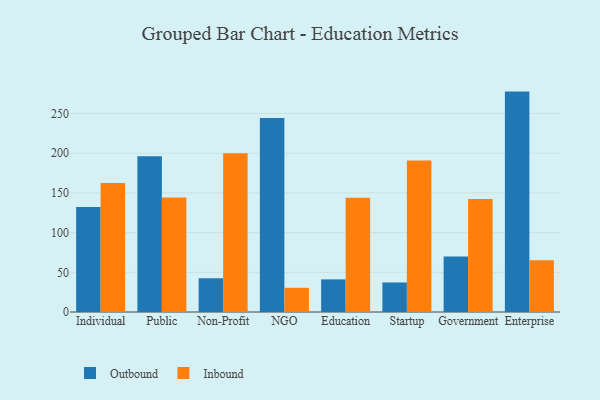
{"axis": {"x": "Segment", "y": "Budget (USD K)"}, "legend": ["Inbound", "Outbound"], "data": [{"x": "Individual", "y": 132.4, "type": "Outbound"}, {"x": "Individual", "y": 162.6, "type": "Inbound"}, {"x": "Public", "y": 196.2, "type": "Outbound"}, {"x": "Public", "y": 144.1, "type": "Inbound"}, {"x": "Non-Profit", "y": 42.5, "type": "Outbound"}, {"x": "Non-Profit", "y": 199.8, "type": "Inbound"}, {"x": "NGO", "y": 244.4, "type": "Outbound"}, {"x": "NGO", "y": 30.5, "type": "Inbound"}, {"x": "Education", "y": 41.1, "type": "Outbound"}, {"x": "Education", "y": 144.0, "type": "Inbound"}, {"x": "Startup", "y": 37.2, "type": "Outbound"}, {"x": "Startup", "y": 190.9, "type": "Inbound"}, {"x": "Government", "y": 70.0, "type": "Outbound"}, {"x": "Government", "y": 142.3, "type": "Inbound"}, {"x": "Enterprise", "y": 277.6, "type": "Outbound"}, {"x": "Enterprise", "y": 65.2, "type": "Inbound"}]}